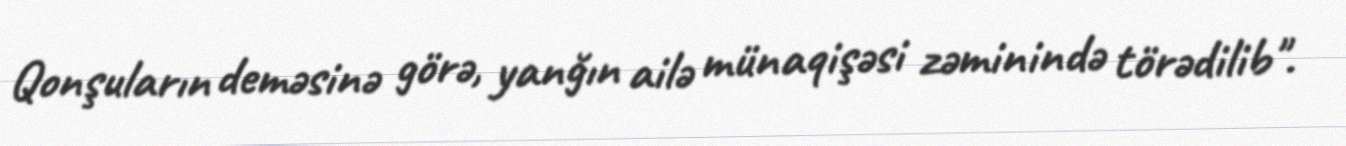
Qonşuların deməsinə görə, yanğın ailə münaqişəsi zəminində törədilib".